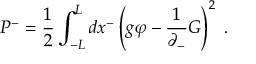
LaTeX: P ^ { - } = \frac { 1 } { 2 } \int _ { - L } ^ { L } d x ^ { - } \left( g \varphi - \frac { 1 } { \partial _ { - } } G \right) ^ { 2 } \; .